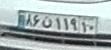
۸۶ن۱۱۹۱۰